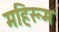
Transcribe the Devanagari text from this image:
महिरूम